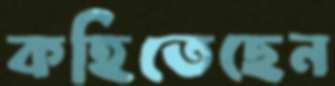
কহিতেছেন